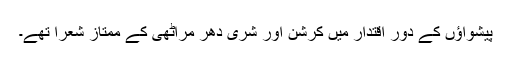
پیشواؤں کے دور اقتدار میں کرشن اور شری دھر مراٹھی کے ممتاز شعرا تھے۔